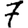
Digit: 7